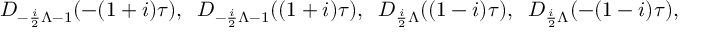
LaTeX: D _ { - \frac { i } { 2 } \Lambda - 1 } ( - ( 1 + i ) \tau ) , \; \; D _ { - \frac { i } { 2 } \Lambda - 1 } ( ( 1 + i ) \tau ) , \; \; D _ { \frac { i } { 2 } \Lambda } ( ( 1 - i ) \tau ) , \; \; D _ { \frac { i } { 2 } \Lambda } ( - ( 1 - i ) \tau ) ,